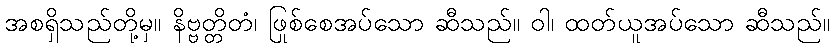
အစရှိသည်တို့မှ။ နိဗ္ဗတ္တိတံ၊ ဖြစ်စေအပ်သော ဆီသည်။ ဝါ၊ ထုတ်ယူအပ်သော ဆီသည်။